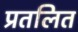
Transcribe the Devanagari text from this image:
प्रतलित